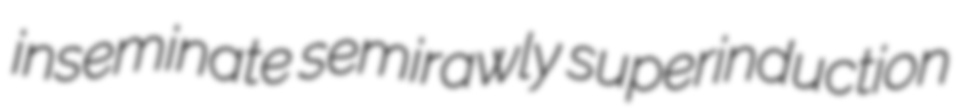
inseminate semirawly superinduction